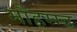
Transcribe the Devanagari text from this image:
मौहम्म्द